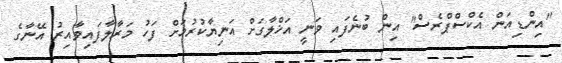
"އިންޑިއަން އެކްސްޕްރެސް" އިން ބުނެފައި ވަނީ އަޚްލާގަށް އަނިޔާކުރުމަށް ފަހު މަރާލާފައިވާއިރު އޭނާގެ